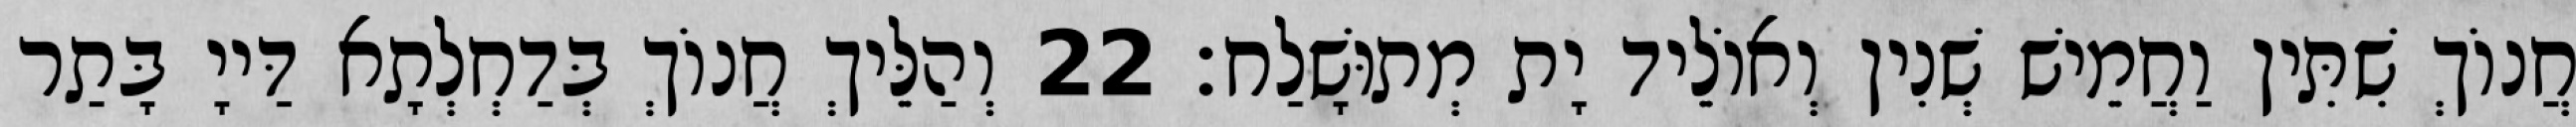
חֲנוֹךְ שִׁתִּין וַחֲמֵישׁ שְׁנִין וְאוֹלֵיד יָת מְתוּשָׁלַח׃ 22 וְהַלֵּיךְ חֲנוֹךְ בְּדַחְלְתָא דַּייָ בָּתַר